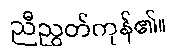
ညီညွတ်ကုန်၏။